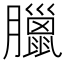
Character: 臘